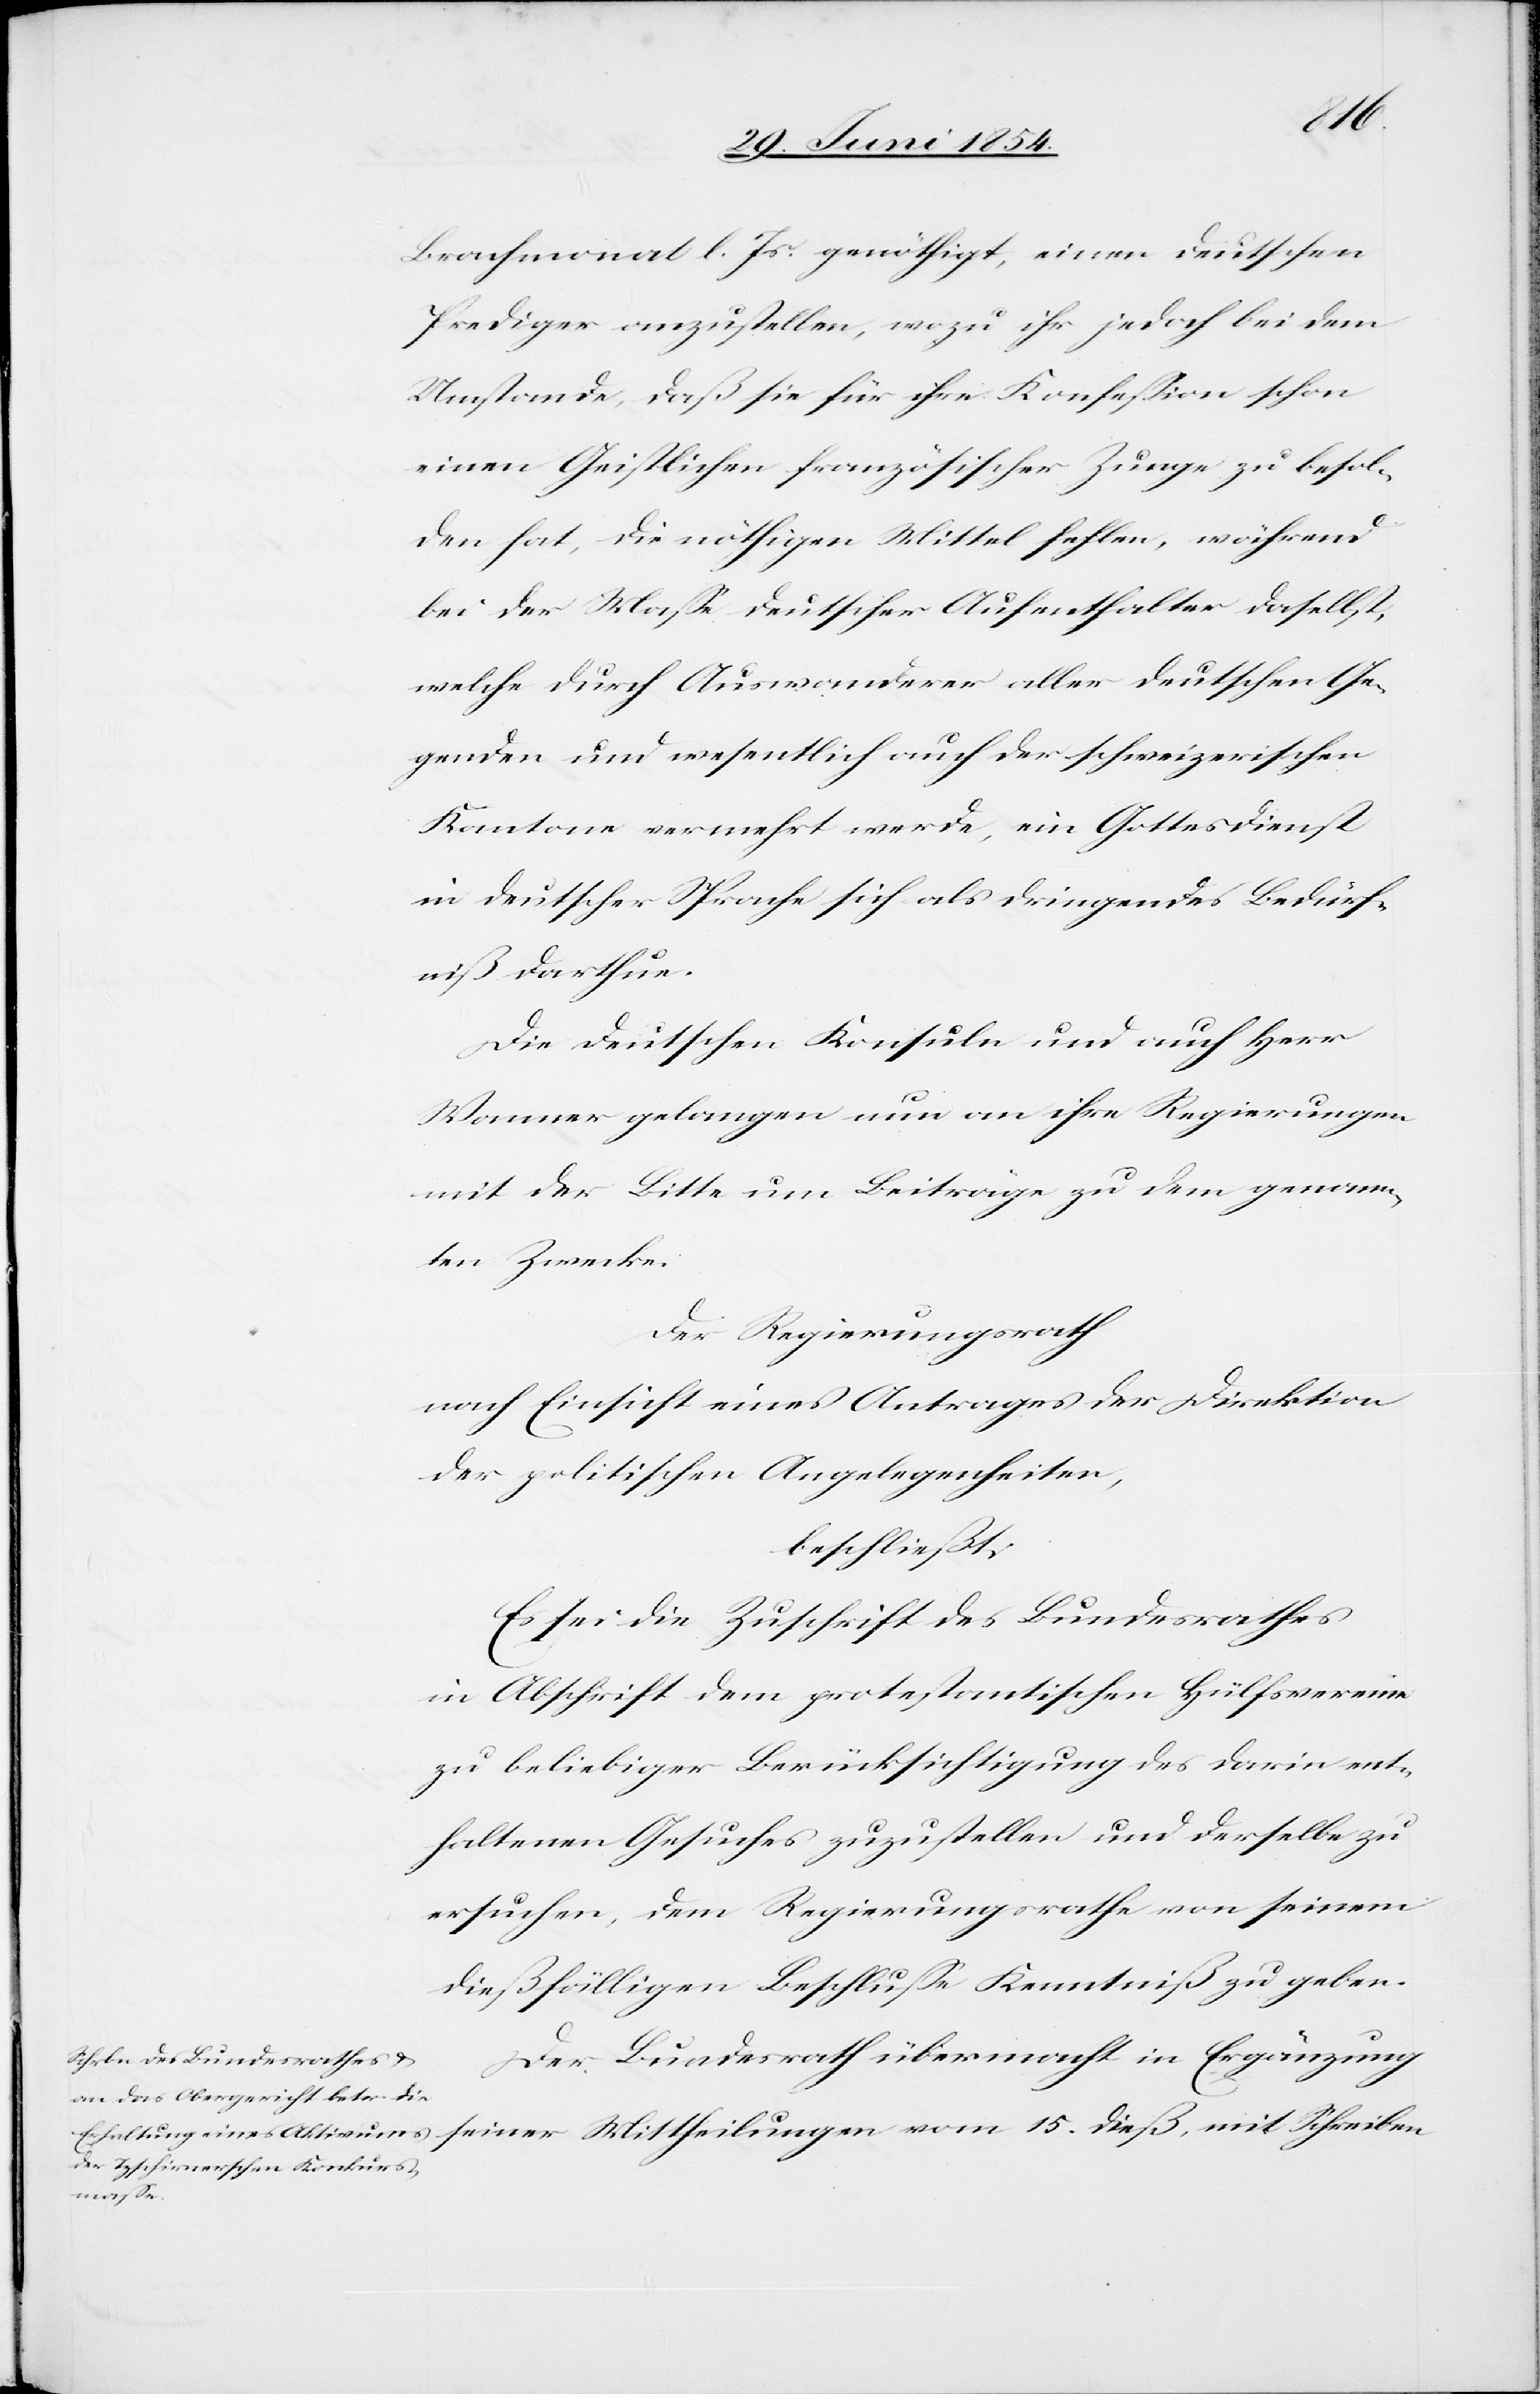
Brachmonat l. Js. genöthigt, einen deutschen
Prediger anzustellen, wozu ihr jedoch bei dem
Umstande, daß sie für ihre Konfeßion schon
einen Geistlichen französischer Zunge zu besol¬
den hat, die nöthigen Mittel fehlen, während
bei der Maße deutscher Aufenthalter daselbst,
welche durch Auswanderer aller deutschen Ge¬
genden und wesentlich auch der schweizerischen
Kantone vermehrt werde, ein Gottesdienst
in deutscher Sprache sich als dringendes Bedürf¬
niß darthue.
Die deutschen Konsule und auch Herr
Wanner gelangen nun an ihre Regierungen
mit der Bitte um Beiträge zu dem genann¬
ten Zwecke.
Der Regierungsrath
nach Einsicht eines Antrages der Direktion
der politischen Angelegenheiten,
beschließt:
Es sei die Zuschrift des Bundesrathes
in Abschrift dem protestantischen Hülfsvereine
zu beliebiger Berücksichtigung des darin ent¬
haltenen Gesuches zuzustellen und derselbe zu
ersuchen, dem Regierungsrathe von seinem
dießfälligen Beschluße Kenntniß zu geben.
Der Bundesrath übermacht in Ergänzung
seiner Mittheilungen vom 15. dieß, mit Schreiben